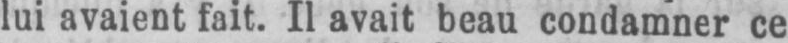
lui avaient fait. Il avait beau condamner ce